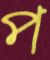
প